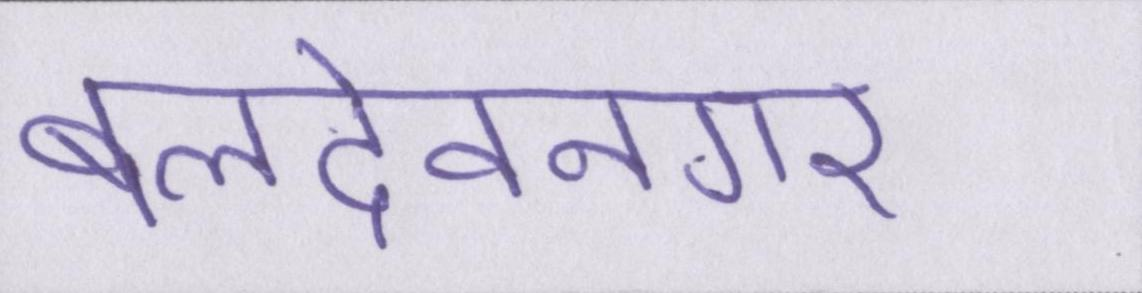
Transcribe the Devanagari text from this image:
बलदेवनगर